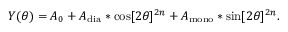
Y ( \theta ) = A _ { 0 } + A _ { \mathrm { { d i a } } } * \cos [ 2 \theta ] ^ { 2 n } + A _ { \mathrm { { m o n o } } } * \sin [ 2 \theta ] ^ { 2 n } .